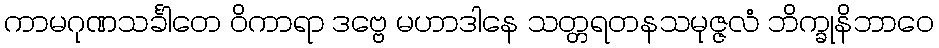
ကာမဂုဏသင်္ခါတေ ဝိကာရာ ဒဗ္ဗေ မဟာဒါနေ သတ္တရတနသမုဇ္ဇလံ ဘိက္ခုနိဘာဝေ